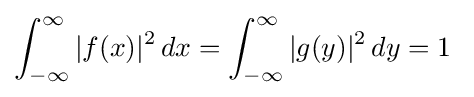
\int _{-\infty }^{\infty }|f(x)|^{2}\,dx=\int _{-\infty }^{\infty }|g(y)|^{2}\,dy=1~